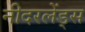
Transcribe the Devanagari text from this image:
नीदरलेंड्स